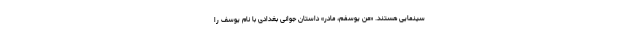
سینمایی هستند. «من یوسفم، مادر» داستان جوانی بغدادی با نام یوسف را